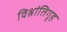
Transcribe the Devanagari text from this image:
विश्रांतिगृह